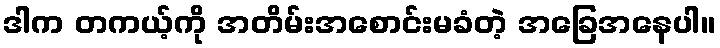
ဒါက တကယ့်ကို အတိမ်းအစောင်းမခံတဲ့ အခြေအနေပါ။